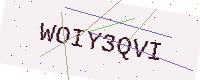
Text: WOIY3QVI